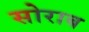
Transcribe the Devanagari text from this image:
सोराब